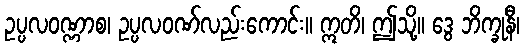
ဥပ္ပလဝဏ္ဏာစ၊ ဥပ္ပလဝဏ်လည်းကောင်း။ ဣတိ၊ ဤသို့။ ဒွေ ဘိက္ခုနီ၊